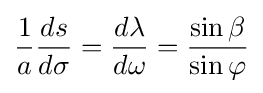
{\frac {1}{a}}{\frac {ds}{d\sigma }}={\frac {d\lambda }{d\omega }}={\frac {\sin \beta }{\sin \varphi }}